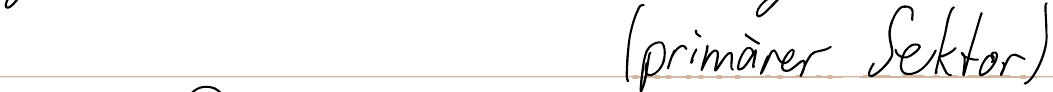
(primärer Sektor)